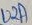
Text: U2A